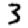
Digit: 3